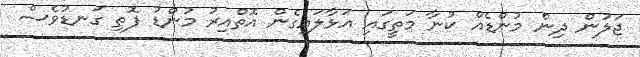
ޖަލުން ދިން މުންޑެއް ކުނާ މަތީގައި އަޅާލައިގެން އޮތްއިރު މުންޑު ފޮތި ގަނޑުވެސް